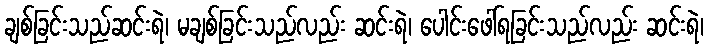
ချစ်ခြင်းသည်ဆင်းရဲ၊ မချစ်ခြင်းသည်လည်း ဆင်းရဲ၊ ပေါင်းဖေါ်ရခြင်းသည်လည်း ဆင်းရဲ၊